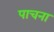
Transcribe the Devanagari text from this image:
पाचना